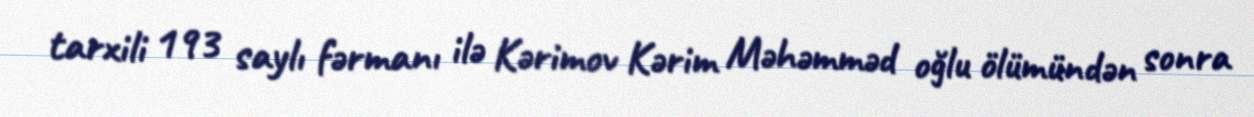
tarxili 193 saylı fərmanı ilə Kərimov Kərim Məhəmməd oğlu ölümündən sonra